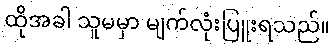
ထိုအခါ သူမမှာ မျက်လုံးပြူးရသည်။